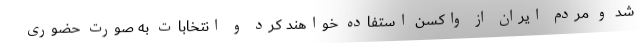
شد و مردم ایران از واکسن استفاده خواهند کرد و انتخابات به صورت حضوری